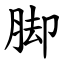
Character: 脚